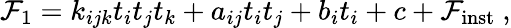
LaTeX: {\cal F}_{1}=k_{ijk}t_{i}t_{j}t_{k}+a_{ij}t_{i}t_{j}+b_{i}t_{i}+c+{\cal F}_{\mathrm{inst}}\ ,